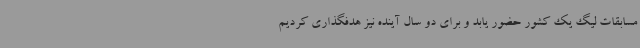
مسابقات لیگ یک کشور حضور یابد و برای دو سال آینده نیز هدفگذاری کردیم